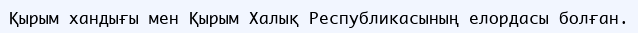
Қырым хандығы мен Қырым Халық Республикасының елордасы болған.